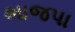
ભાજપા